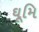
ઘૂમિ